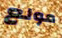
مولع